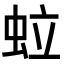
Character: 𧉼